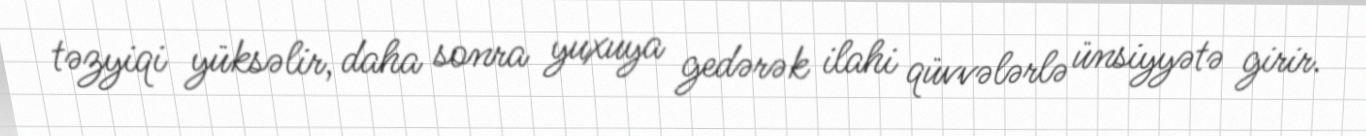
təzyiqi yüksəlir, daha sonra yuxuya gedərək ilahi qüvvələrlə ünsiyyətə girir.